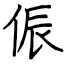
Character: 侲